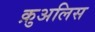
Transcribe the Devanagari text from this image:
क़ुअलिस